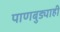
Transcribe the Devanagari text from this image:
पाणबुड्याही